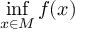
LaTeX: \operatorname* { i n f } _ { x \in M } f ( x )